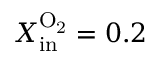
X _ { \mathrm { i n } } ^ { \mathrm { O _ { 2 } } } = 0 . 2